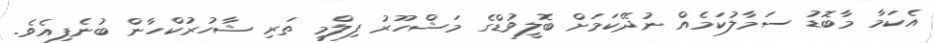
އެކަމާ މާބޮޑު ސަމާލުކަމެއް ނުދޭކަމަށް ބޮލީވުޑްގެ މަޝްހޫރު ފިލްމީ ތަރި ޝާހުރުކްހާން ބުނެފިއެވެ.